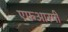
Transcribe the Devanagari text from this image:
एफआरपी